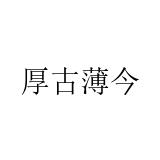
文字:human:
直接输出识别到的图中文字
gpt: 厚古薄今